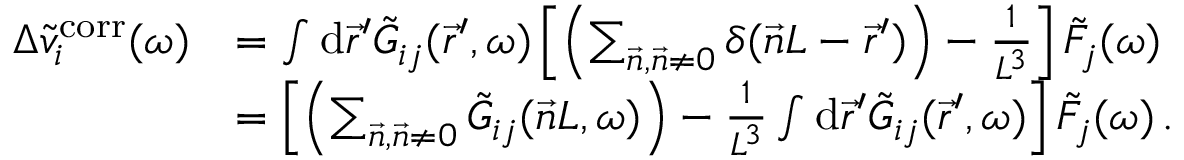
\begin{array} { r l } { \Delta \Tilde { v } _ { i } ^ { \mathrm { c o r r } } ( \omega ) } & { = \int \mathrm { d } \vec { r } ^ { \prime } \Tilde { G } _ { i j } ( \vec { r } ^ { \prime } , \omega ) \left[ \left( \sum _ { \vec { n } , \vec { n } \neq 0 } \delta ( \vec { n } L - \vec { r } ^ { \prime } ) \right) - \frac { 1 } { L ^ { 3 } } \right] \Tilde { F } _ { j } ( \omega ) } \\ & { = \left[ \left( \sum _ { \vec { n } , \vec { n } \neq 0 } \Tilde { G } _ { i j } ( \vec { n } L , \omega ) \right) - \frac { 1 } { L ^ { 3 } } \int \mathrm { d } \vec { r } ^ { \prime } \Tilde { G } _ { i j } ( \vec { r } ^ { \prime } , \omega ) \right] \Tilde { F } _ { j } ( \omega ) \, . } \end{array}